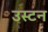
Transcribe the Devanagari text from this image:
उस्टन